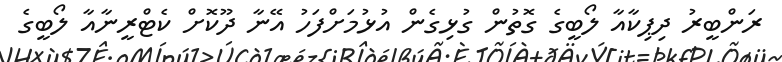
ރަންބީރު ދިޕިކާއާ ލޯބީގެ ގޮތުން ގުޅިގެން އުޅުމަށްފަހު އޭނާ ދޫކޮށް ކެޓްރީނާއާ ލޯބީގެ